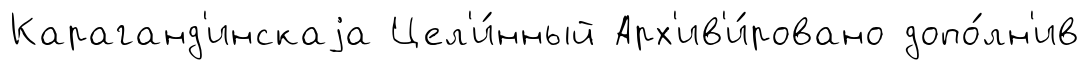
Караганд'инскаjа Цел'и́нный Арх'ив'и́ровано допо́лн'ив